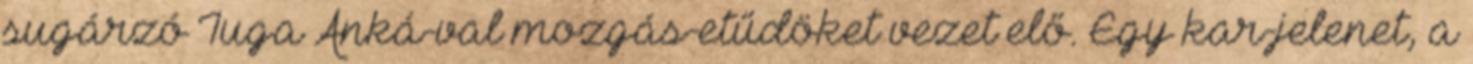
sugárzó Iuga Anká-val mozgás-etűdöket vezet elő. Egy kar-jelenet, a